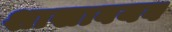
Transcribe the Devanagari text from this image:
शाखावयव